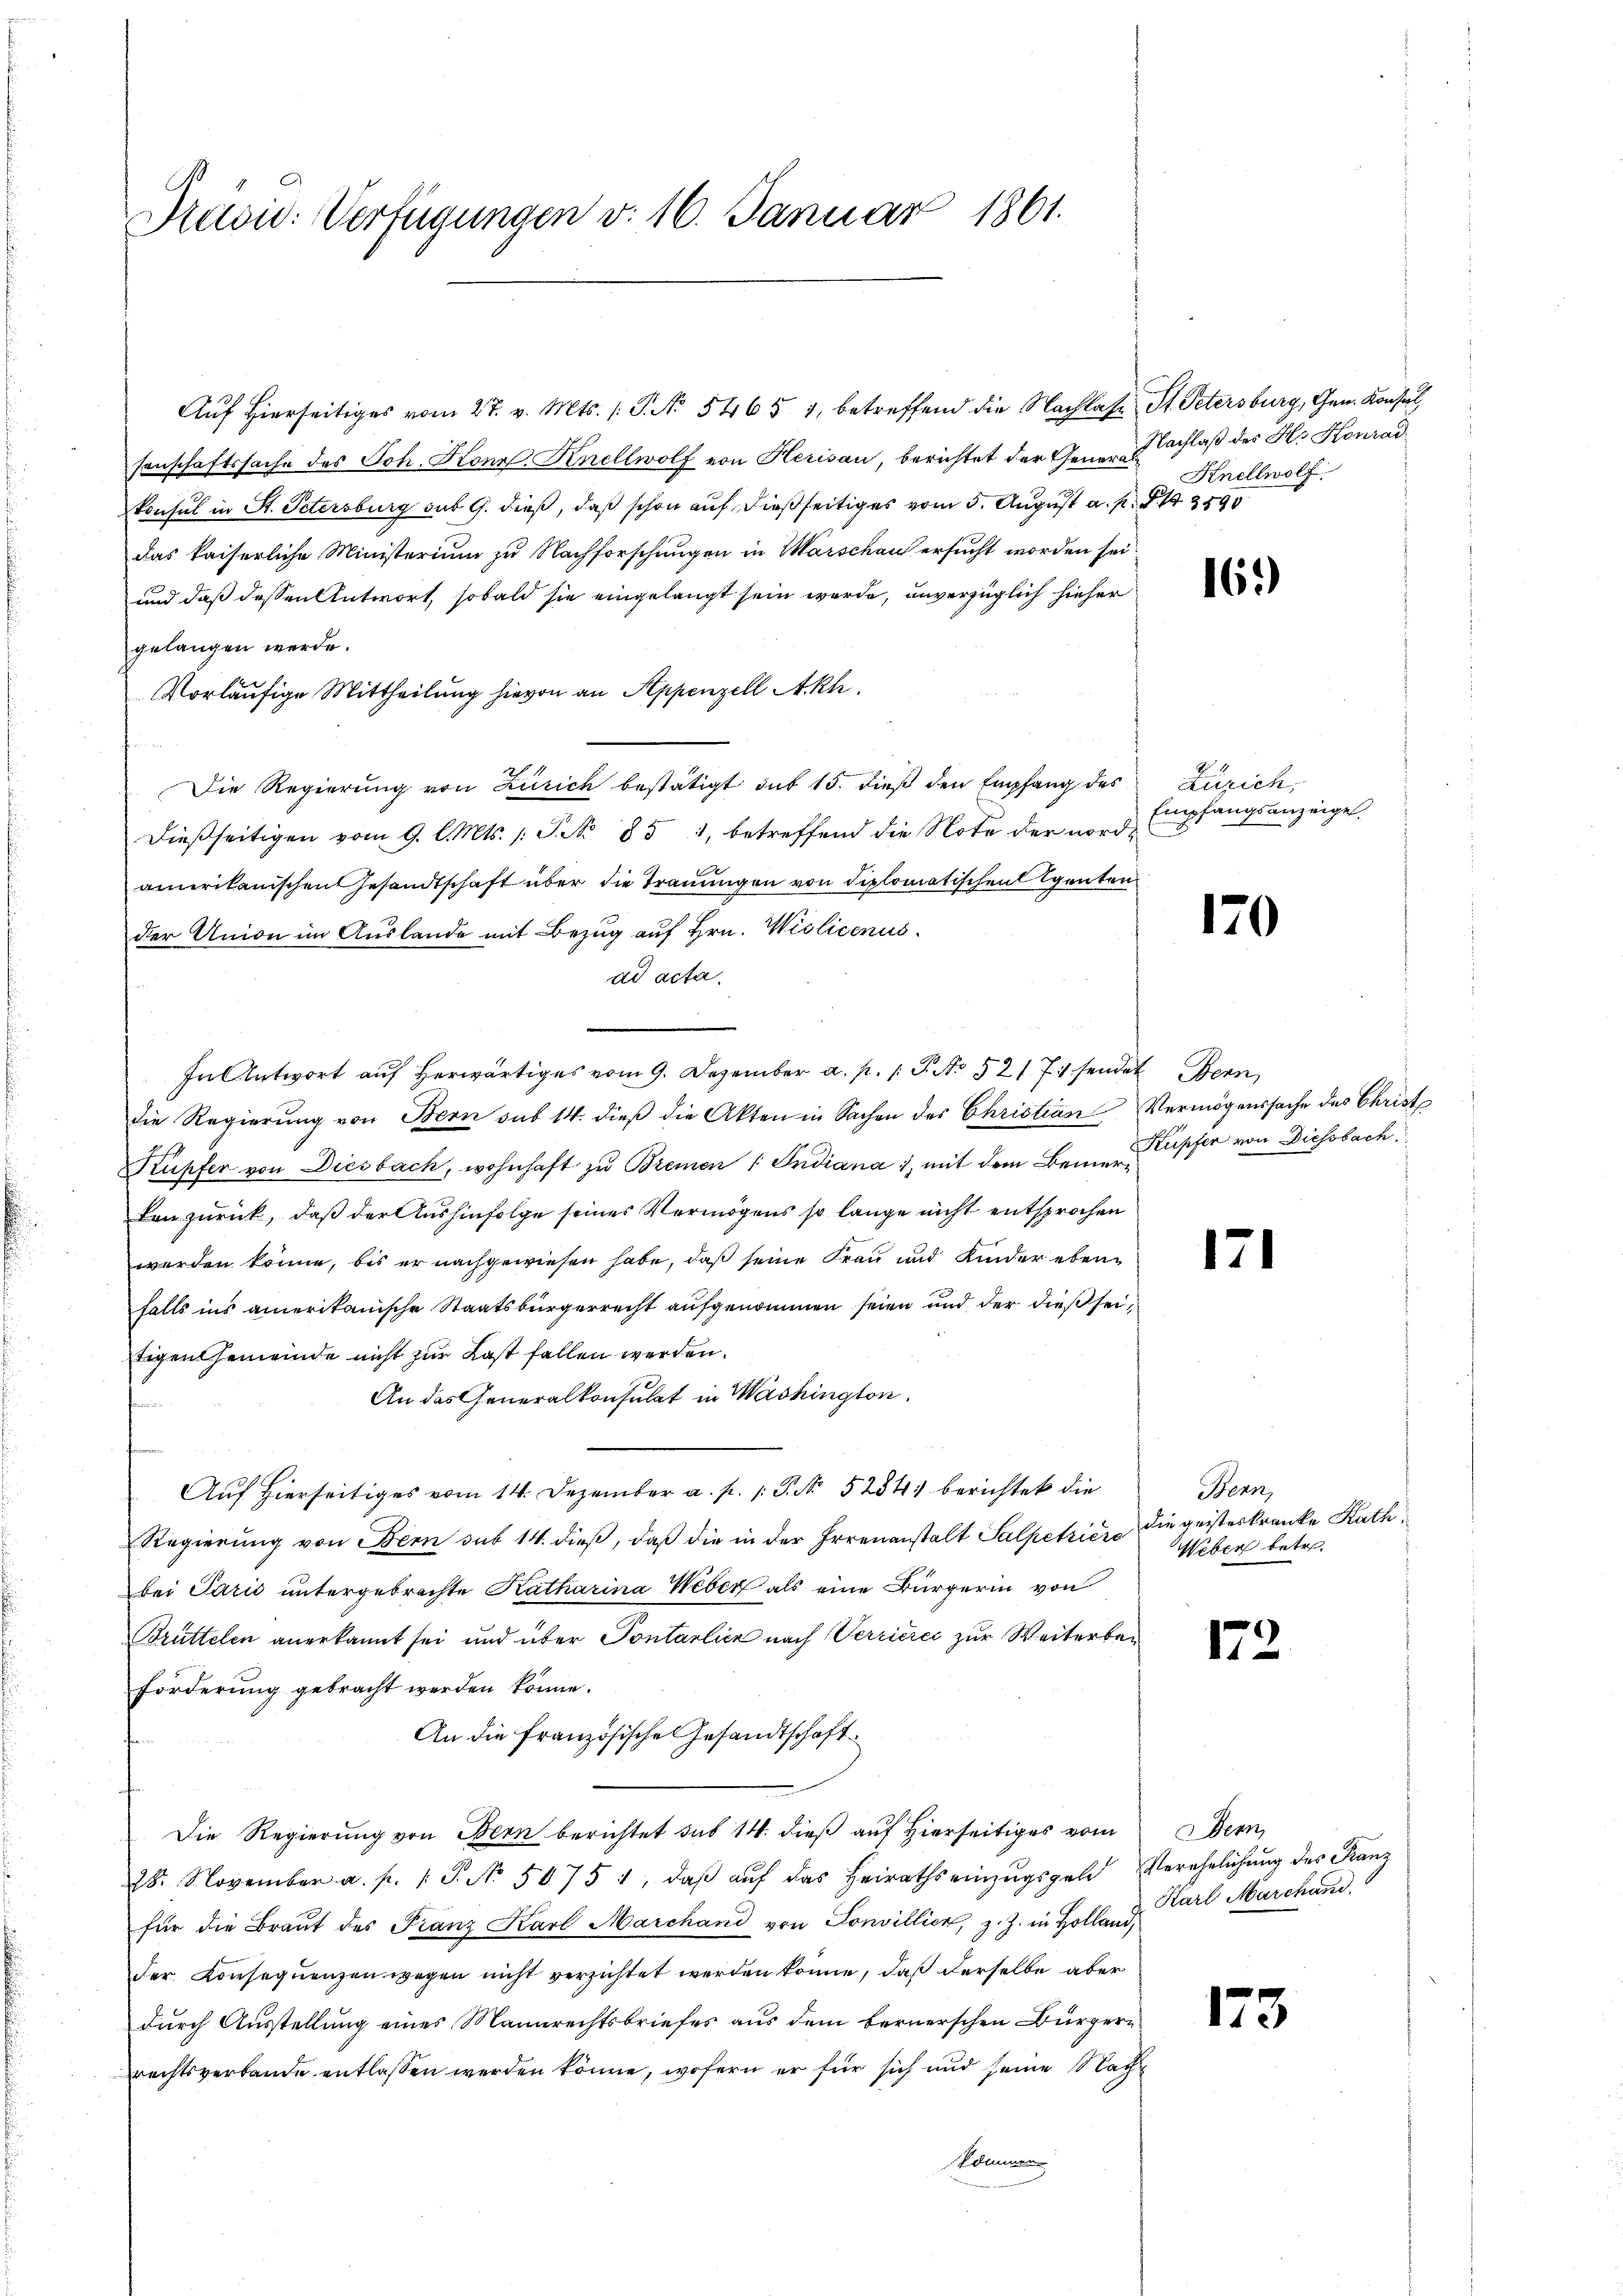
Präsid: Verfügungen v. 16. Januar 1861.

Aŭf Hierseitiges vom 27. v. Mts. 1. P. No. 5465 1, betreffend die Nachlafe St. Petersburg, Gen. Konsul,
senschaftssache des Joh. Kons. Knellwolf von Herisau, berichtet der Gener Nachlaß des H. Konrad
konsul in St. Petersburg sub 9. dieß, daß schon auf dießseitiges vom 5. August a. p. 13590
das kaiserliche Ministerium zu Nachforschungen in Marschau ersucht worden sei.
und daß dessen Antwort, sobald sie eingelangt sein werde, unverzüglich hieher
gelangen werde.
Vorläufige Mittheilung hievon an Appenzell Akh.
Die Regierung von Zürich bestätigt sub 15. dieß den Empfang des Zürich,
dießseitigen vom 9. l. Mts. S. No 851, betreffend die Note der nordamerikanischen Gesandtschaft über die Trauungen von diplomatischen Agenten.
der Union im Auslande mit Bezug auf Hrn. Wiolicenus.
ad acta.
In Antwort auf herwärtiges vom 9. Dezember a. p. T. No 52171 sendet Bern
die Regierŭng von Bern sub 14. dieβ die Akten in Sachen des Christian Vermögenssache des Christe
Kupfer von Diesbach, wohnhaft zu Bremen : Indiana 1, mit dem Bemesser von Diessbach.
ten zurück, daß der Aushinfolge seines Vermögens so lange nicht entsprochen
werden könne, bis er nachgewiesen habe, daß seine Frau und Kinder ebenfalls ins amerikanische Staatsbürgerrecht aufgenommen seien und der dießseitigen Gemeinde nicht zur Last fallen werden.
An das Generalkonsulat in Washington,
Auf Hierseitiges vom 14. Dezember a. p. 1. P. No 5254 berichtet die
Regierung von Bern sub 14. dieß, daß die in der Irrenanstalt Salpetriere
bei Parić untergebrachte Katharina Weber als eine Bürgerin von
Brüttelen anerkannt sei und über Pontarlich nach Verrieres zur Weiterbe¬
Forderung gebracht werden könne.
An die französische Gesandtschaft
Die Regierung von Bern berichtet sub 14. dieß auf hierseitiges vom Bern,
28. November a. p. 1 S. No. 5075 1, daβ aŭf das Heiraths einzŭgsgeld Verehelichung des Franz
für die Braŭt des Franz Karl Marchand von Sonvillier, z. Z. in Holland,
der Konsequenzen wegen nicht verzichtet werden könne, daß derselbe aber
durch Ausstellung eines Mannrechtsbriefes aus dem bernerschen Bürgerrechtsverbande entlassen werden könne, wofern er für sich und seine Nachkommen

Knellwolf

161)

Empfangsanzeigel.

170

171

Henn,
die geisteskranke Rath,
Weber betr.

172

Karl Marchand

173